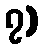
၇)